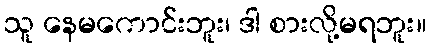
သူ နေမကောင်းဘူး၊ ဒါ စားလို့မရဘူး။